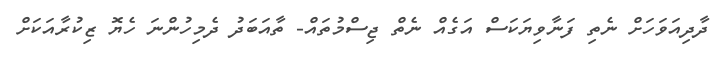
ދާދިއަވަހަށް ނެތި ފަނާވިޔަކަސް އަގެއް ނެތް ޖިސްމުތައް- ތާއަބަދު ދެމިހުންނަ ހެޔޮ ޒިކުރާއަކަށް